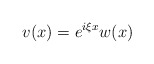
\begin{align*}v(x)=e^{i\xi x}w(x)\end{align*}